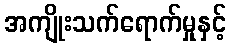
အကျိုးသက်ရောက်မှုနှင့်